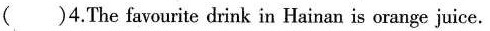
( )4.The favourite drink in Hainan is orange juice.